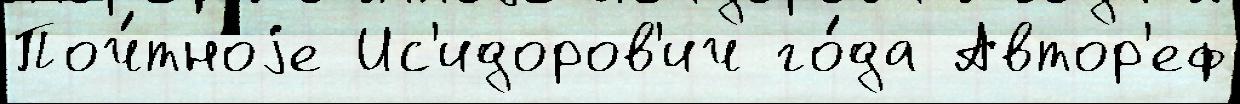
Поч́тноjе Ис'идоров'ич го́да Автор'еф